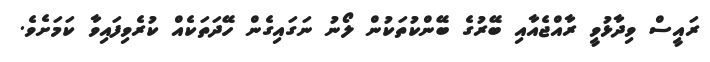
ރައީސް ވިދާޅުވީ ރާއްޖެއާއި ބޭރުގެ ބޭންކުތަކުން ލޯނު ނަގައިގެން ހޭދަތަކެއް ކުރެވިފައިވާ ކަމަށެވެ.